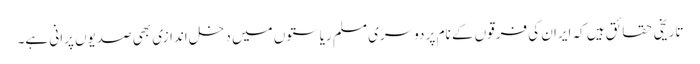
تاریخی حقائق ہیں کہ ایران کی فرقوں کے نام پر دوسری مسلم ریاستوں میں دخل اندازی بھی صدیوں پرانی ہے۔